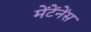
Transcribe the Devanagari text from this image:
मेंटेंनेंस